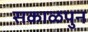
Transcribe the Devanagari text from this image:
सकाळपुन